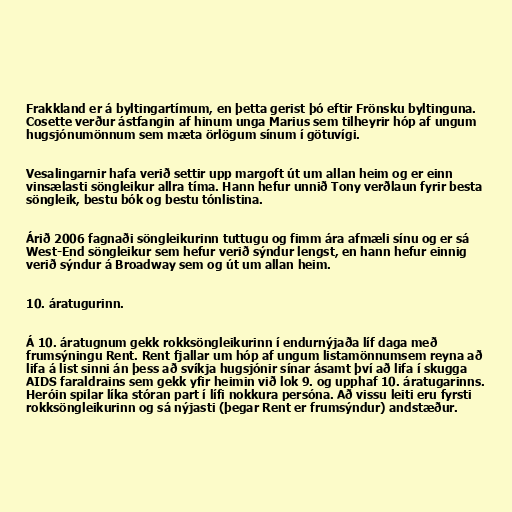
Frakkland er á byltingartímum, en þetta gerist þó eftir Frönsku byltinguna.
Cosette verður ástfangin af hinum unga Marius sem tilheyrir hóp af ungum
hugsjónumönnum sem mæta örlögum sínum í götuvígi.

Vesalingarnir hafa verið settir upp margoft út um allan heim og er einn
vinsælasti söngleikur allra tíma. Hann hefur unnið Tony verðlaun fyrir besta
söngleik, bestu bók og bestu tónlistina.

Árið 2006 fagnaði söngleikurinn tuttugu og fimm ára afmæli sínu og er sá
West-End söngleikur sem hefur verið sýndur lengst, en hann hefur einnig
verið sýndur á Broadway sem og út um allan heim.

10. áratugurinn.

Á 10. áratugnum gekk rokksöngleikurinn í endurnýjaða líf daga með
frumsýningu Rent. Rent fjallar um hóp af ungum listamönnumsem reyna að
lifa á list sinni án þess að svíkja hugsjónir sínar ásamt því að lifa í skugga
AIDS faraldrains sem gekk yfir heimin við lok 9. og upphaf 10. áratugarinns.
Heróin spilar líka stóran part í lífi nokkura persóna. Að vissu leiti eru fyrsti
rokksöngleikurinn og sá nýjasti (þegar Rent er frumsýndur) andstæður.